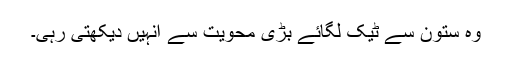
وہ ستون سے ٹیک لگائے بڑی محویت سے انہیں دیکھتی رہی۔